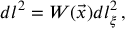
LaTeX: d l ^ { 2 } = W ( \vec { x } ) d l _ { \xi } ^ { 2 } \, ,